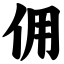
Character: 佣